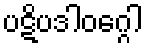
ပဋိပဒါဝဂ္ဂေါ